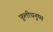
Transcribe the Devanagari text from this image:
फूलीधनुष्य